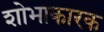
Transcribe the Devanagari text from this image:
शोभाकारक